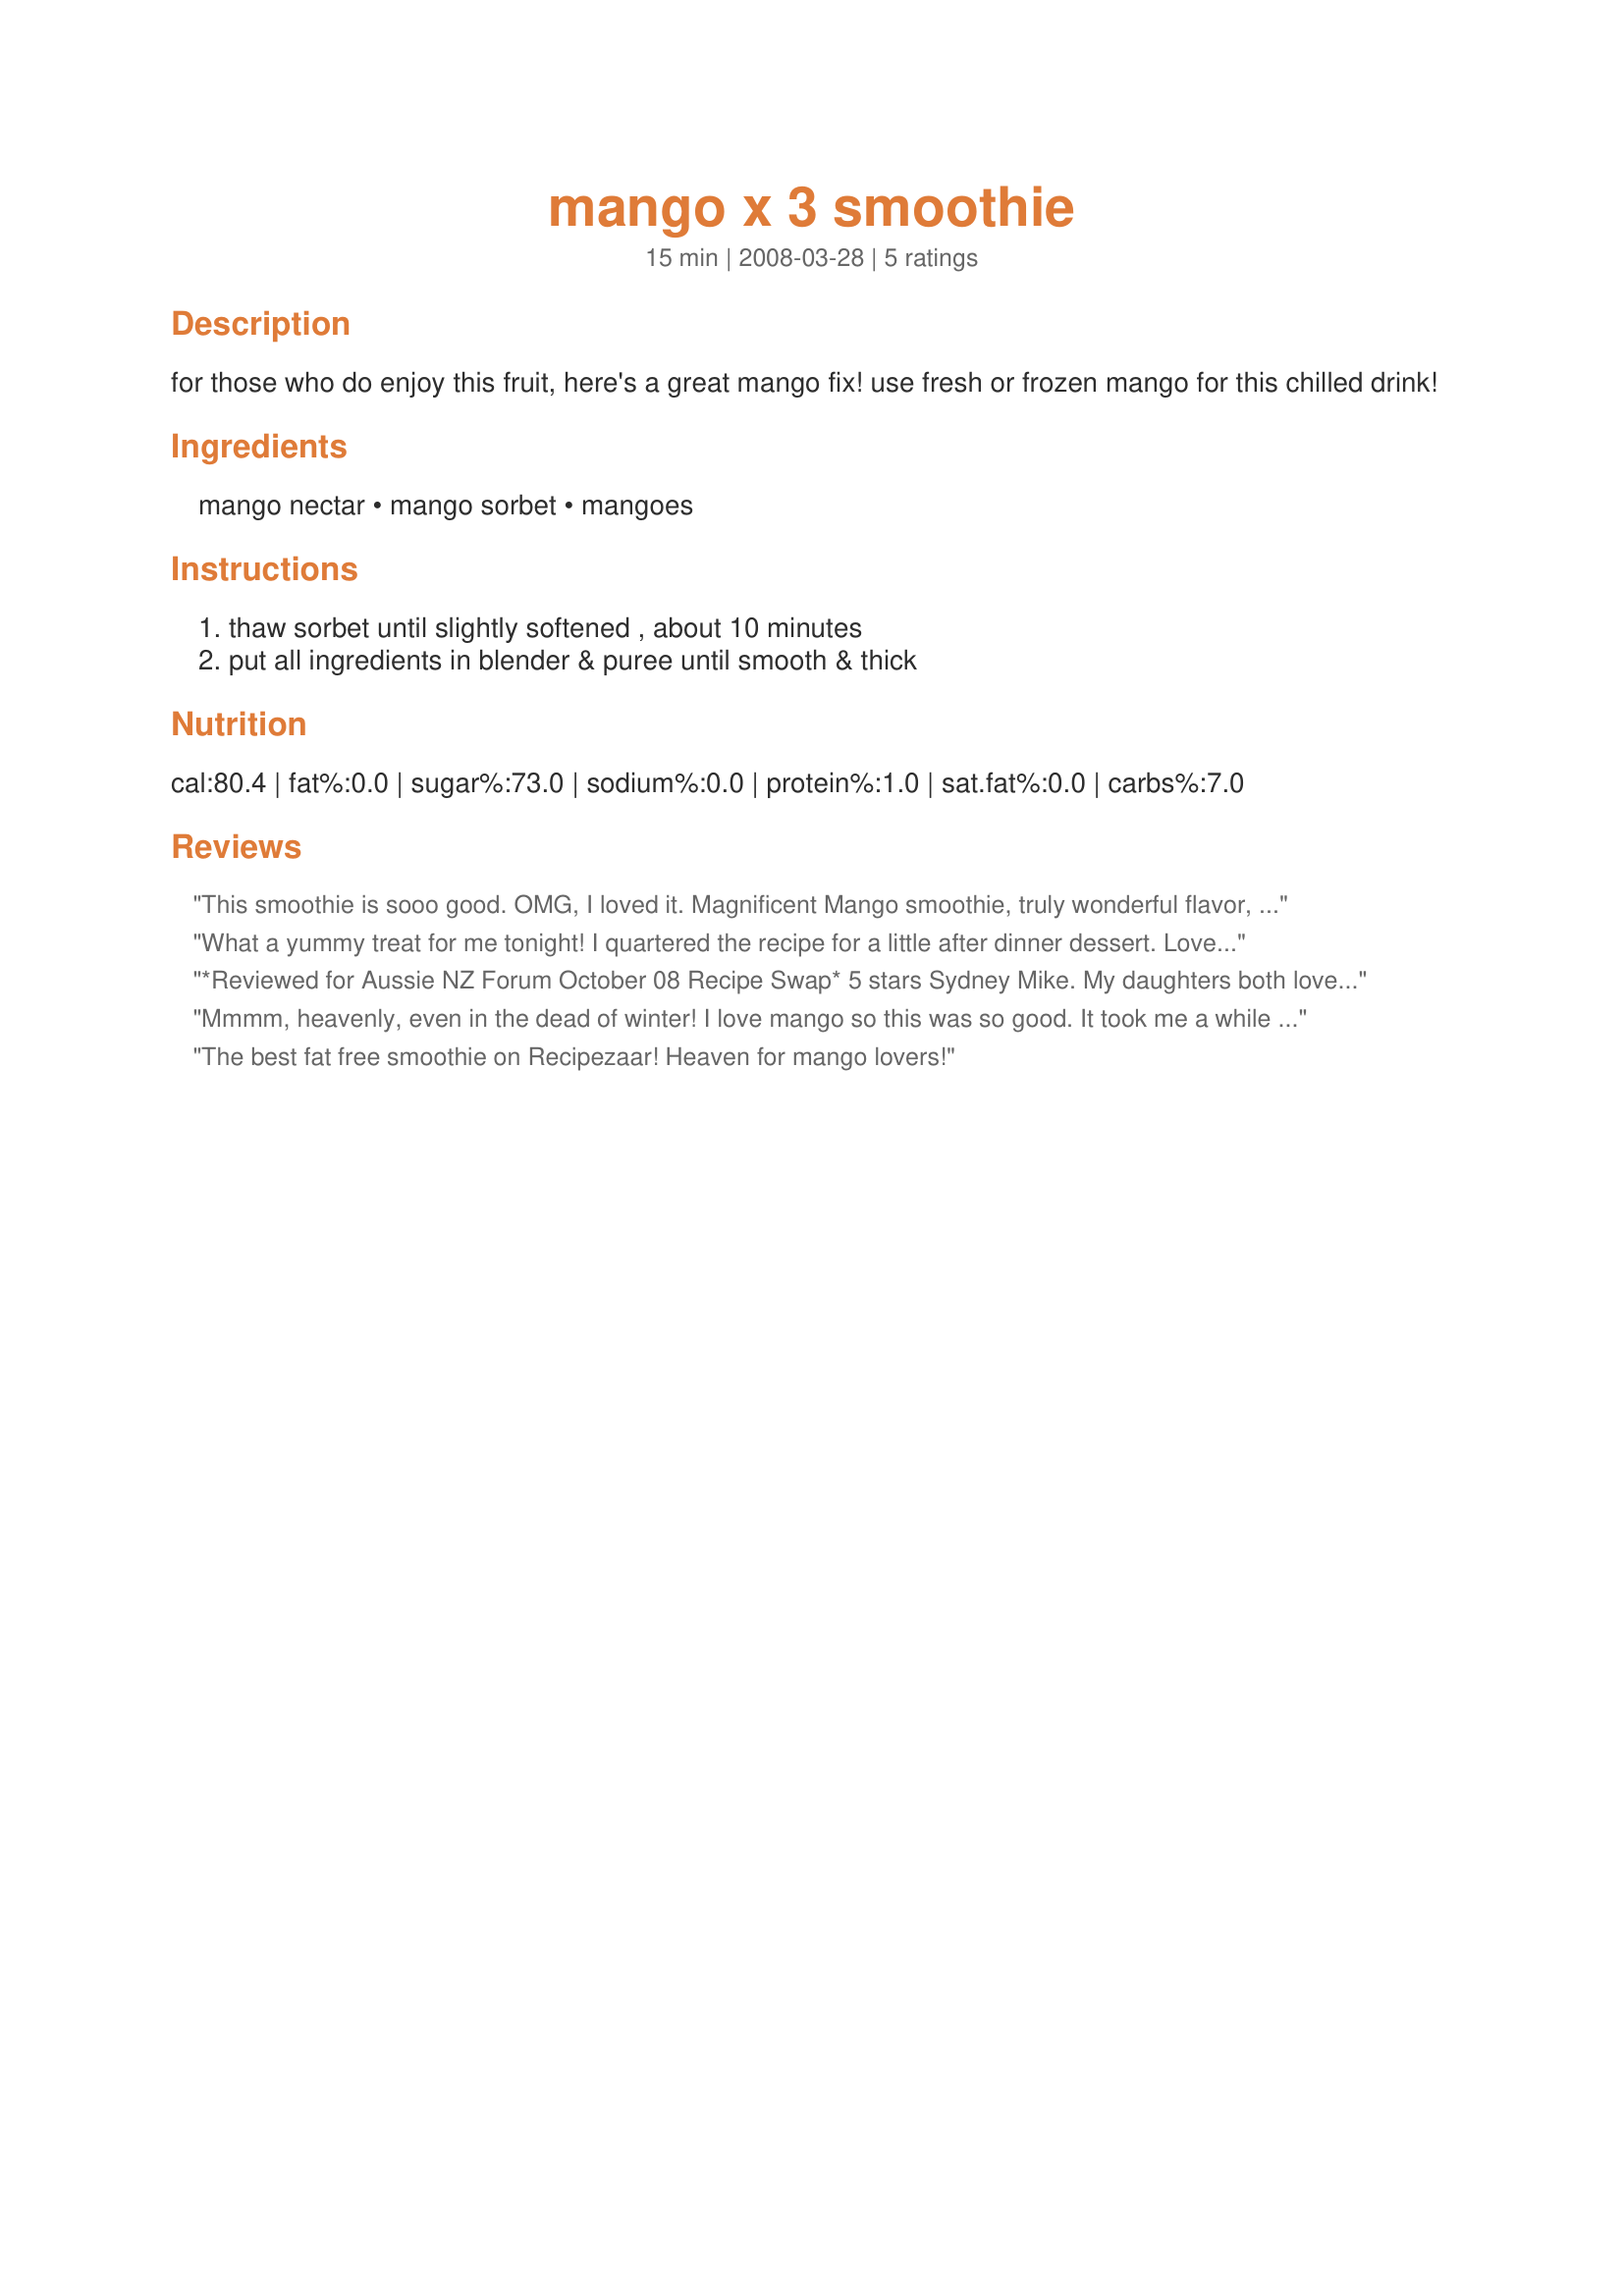
mango x 3 smoothie
Preparation time: 15 minutes

for those who do enjoy this fruit, here's a great mango fix! use fresh or frozen mango for this chilled drink!

Ingredients:
mango nectar, mango sorbet, mangoes

Steps:
thaw sorbet until slightly softened , about 10 minutes, put all ingredients in blender & puree until smooth & thick

Reviews:
This smoothie is sooo good. OMG, I loved it. Magnificent Mango smoothie, truly wonderful flavor, so quick and easy to make and sooo company worthy. Thank you once again Syd for another great smoothie recipe. I'll be making this one often.
What a yummy treat for me tonight! I quartered the recipe for a little after dinner dessert. Loved the creamy mango flavor! Thanks!
*Reviewed for Aussie NZ Forum October 08 Recipe Swap* 5 stars Sydney Mike. My daughters both love you for this one. Truely the taste of summer for us. Mangoes are in the shops now and the weather is getting warmer. This was a WONDERFUL recipe :)
Mmmm, heavenly, even in the dead of winter! I love mango so this was so good. It took me a while though to find the mango sorbet, but the hard work just to find it payed off.
The best fat free smoothie on Recipezaar! Heaven for mango lovers!
